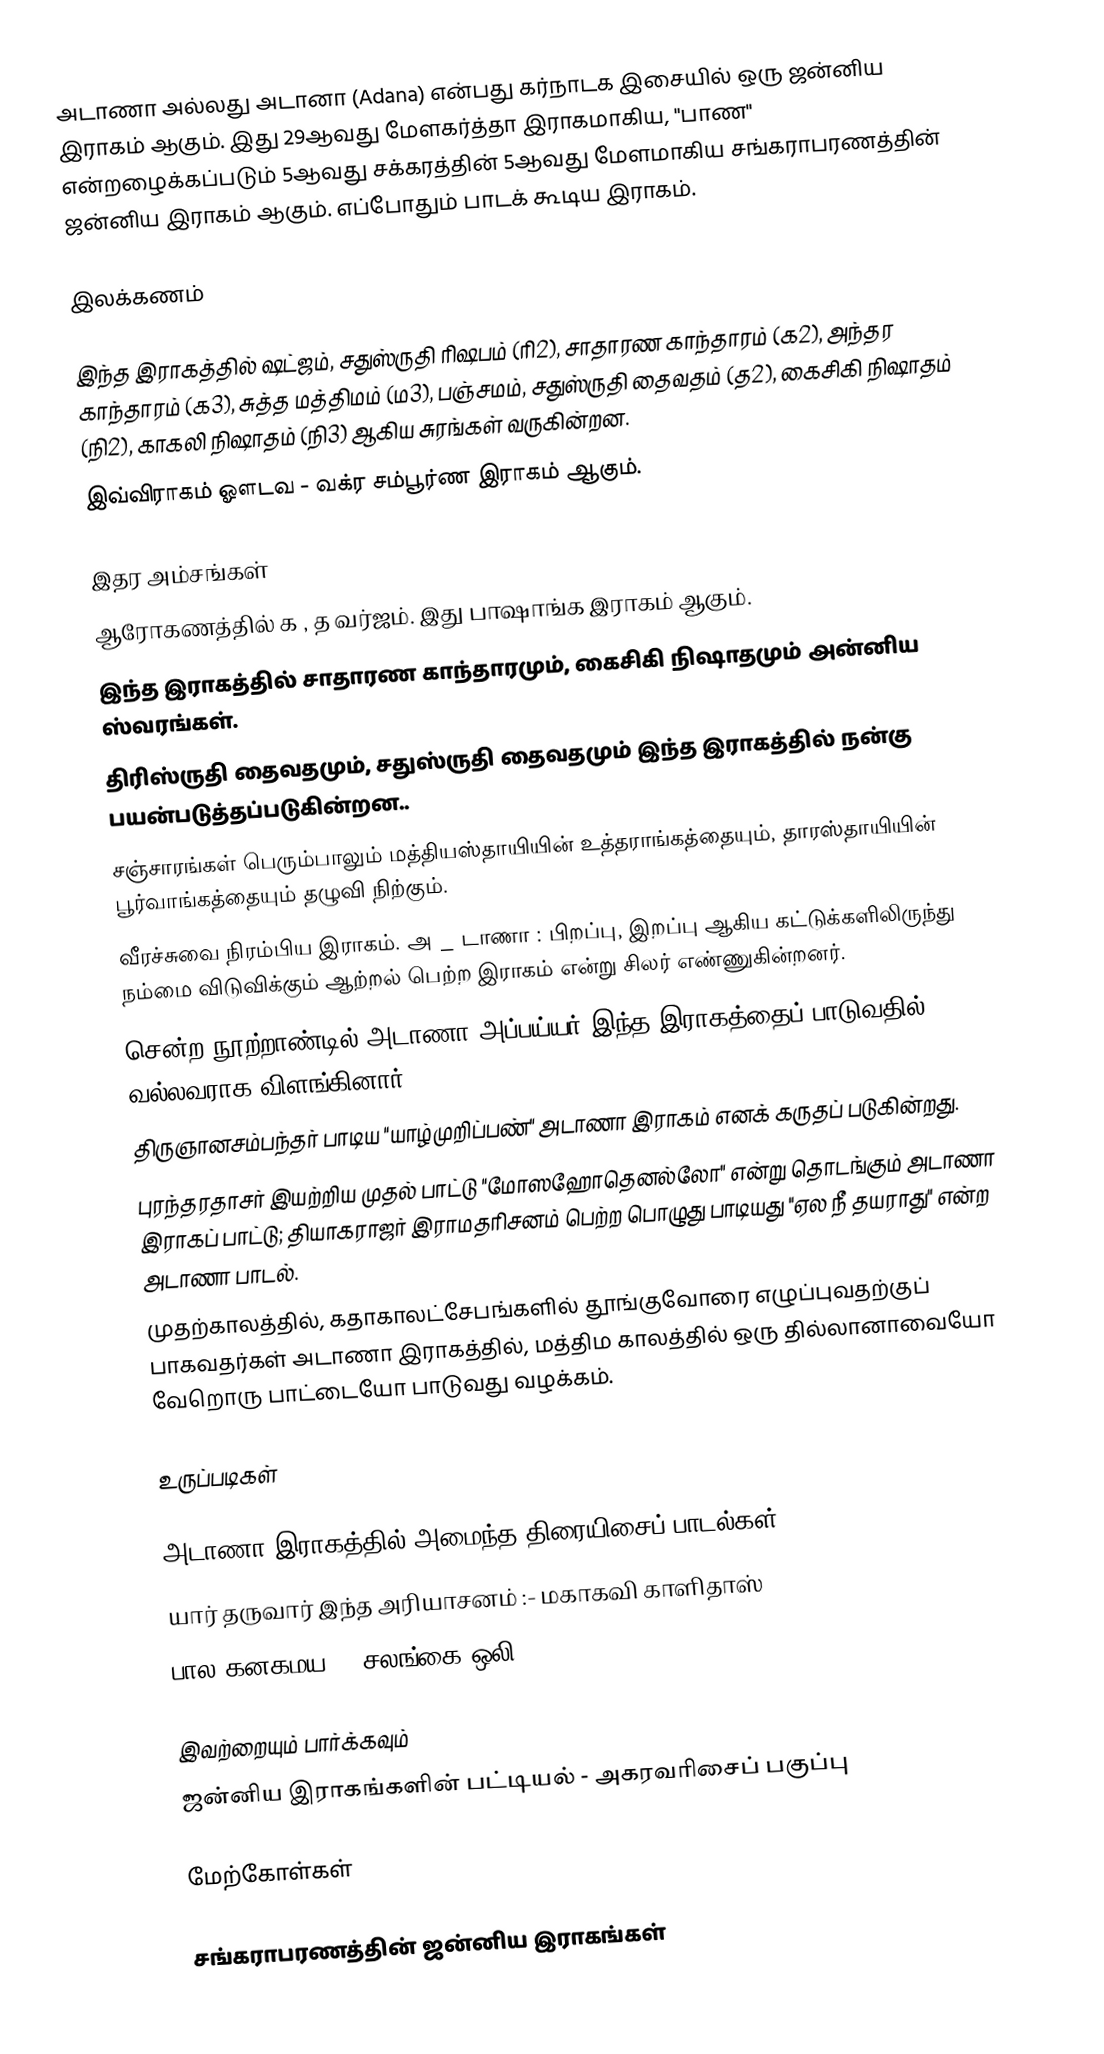
அடாணா அல்லது அடானா (Adana) என்பது கர்நாடக இசையில் ஒரு ஜன்னிய இராகம் ஆகும். இது 29ஆவது மேளகர்த்தா இராகமாகிய, "பாண" என்றழைக்கப்படும் 5ஆவது சக்கரத்தின் 5ஆவது மேளமாகிய சங்கராபரணத்தின் ஜன்னிய இராகம் ஆகும். எப்போதும் பாடக் கூடிய இராகம்.

இலக்கணம்

 இந்த இராகத்தில் ஷட்ஜம், சதுஸ்ருதி ரிஷபம் (ரி2), சாதாரண காந்தாரம் (க2), அந்தர காந்தாரம் (க3), சுத்த மத்திமம் (ம3), பஞ்சமம், சதுஸ்ருதி தைவதம் (த2), கைசிகி நிஷாதம் (நி2), காகலி நிஷாதம் (நி3) ஆகிய சுரங்கள் வருகின்றன.
இவ்விராகம் ஔடவ - வக்ர சம்பூர்ண இராகம் ஆகும்.

இதர அம்சங்கள்
 ஆரோகணத்தில் க , த வர்ஜம். இது பாஷாங்க இராகம் ஆகும்.
 இந்த இராகத்தில் சாதாரண காந்தாரமும், கைசிகி நிஷாதமும் அன்னிய ஸ்வரங்கள்.
 திரிஸ்ருதி தைவதமும், சதுஸ்ருதி தைவதமும் இந்த இராகத்தில் நன்கு பயன்படுத்தப்படுகின்றன..
 சஞ்சாரங்கள் பெரும்பாலும் மத்தியஸ்தாயியின் உத்தராங்கத்தையும், தாரஸ்தாயியின் பூர்வாங்கத்தையும் தழுவி நிற்கும்.
 வீரச்சுவை நிரம்பிய இராகம். அ _ டாணா : பிறப்பு, இறப்பு ஆகிய கட்டுக்களிலிருந்து நம்மை விடுவிக்கும் ஆற்றல் பெற்ற இராகம் என்று சிலர் எண்ணுகின்றனர்.
 சென்ற நூற்றாண்டில் அடாணா அப்பய்யர் இந்த இராகத்தைப் பாடுவதில் வல்லவராக விளங்கினார்.
 திருஞானசம்பந்தர் பாடிய "யாழ்முறிப்பண்" அடாணா இராகம் எனக் கருதப் படுகின்றது.
 புரந்தரதாசர் இயற்றிய முதல் பாட்டு "மோஸஹோதெனல்லோ" என்று தொடங்கும் அடாணா இராகப் பாட்டு; தியாகராஜர் இராமதரிசனம் பெற்ற பொழுது பாடியது "ஏல நீ தயராது" என்ற அடாணா பாடல்.
 முதற்காலத்தில், கதாகாலட்சேபங்களில் தூங்குவோரை எழுப்புவதற்குப் பாகவதர்கள் அடாணா இராகத்தில், மத்திம காலத்தில் ஒரு தில்லானாவையோ வேறொரு பாட்டையோ பாடுவது வழக்கம்.

உருப்படிகள்

அடாணா இராகத்தில் அமைந்த திரையிசைப் பாடல்கள்
 யார் தருவார் இந்த அரியாசனம் :- மகாகவி காளிதாஸ்
 பால கனகமய :- சலங்கை ஒலி

இவற்றையும் பார்க்கவும்
 ஜன்னிய இராகங்களின் பட்டியல் - அகரவரிசைப் பகுப்பு

மேற்கோள்கள்

சங்கராபரணத்தின் ஜன்னிய இராகங்கள்